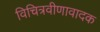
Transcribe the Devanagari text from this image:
विचित्रवीणावादक